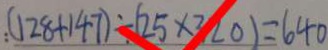
: ( 1 2 8 + 1 4 7 ) \div ( 2 5 \times 3 2 0 ) = 6 4 0